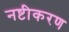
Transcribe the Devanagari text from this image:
नष्टीकरण